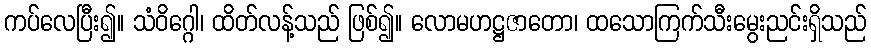
ကပ်လေပြီး၍။ သံဝိဂ္ဂေါ၊ ထိတ်လန့်သည် ဖြစ်၍။ လောမဟဋ္ဌဇာတော၊ ထသောကြက်သီးမွေးညင်းရှိသည်